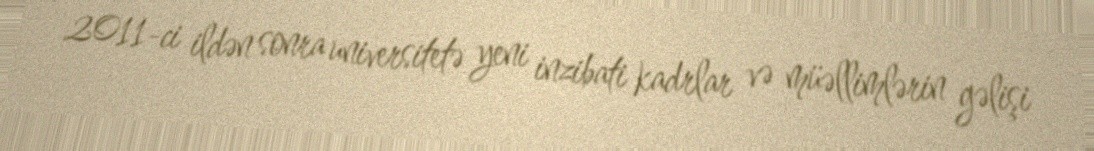
2011-ci ildən sonra universitetə yeni inzibati kadrlar və müəllimlərin gəlişi